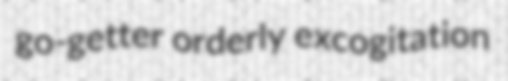
go-getter orderly excogitation